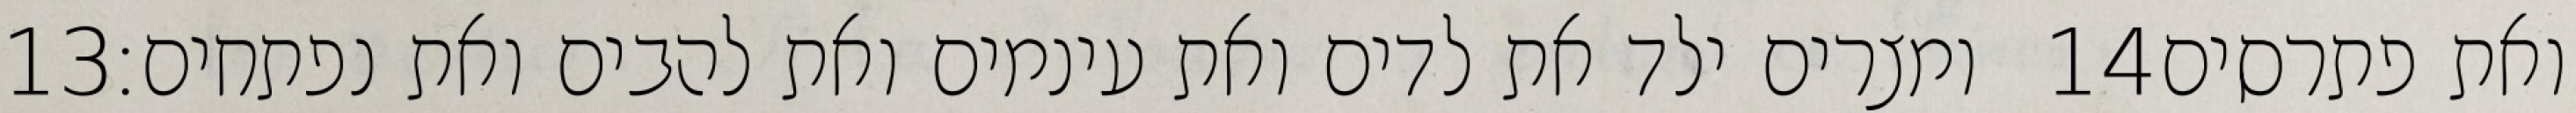
‎13‏ ומצרים ילד את לדים ואת עינמים ואת להבים ואת נפתחים׃ ‎14‏ ואת פתרסים